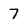
Character: 7